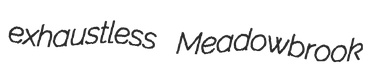
exhaustless Meadowbrook